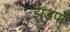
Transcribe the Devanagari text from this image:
झडपों